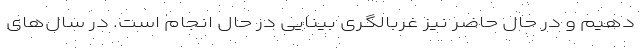
دهیم و در حال حاضر نیز غربالگری بینایی در حال انجام است. در سال‌های